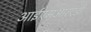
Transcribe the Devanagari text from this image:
आईएमआरएडी